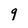
Character: 9